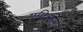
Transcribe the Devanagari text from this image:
समिओस